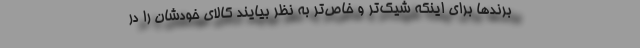
برندها برای اینکه شیک‌تر و خاص‌تر به نظر بیایند کالای خودشان را در